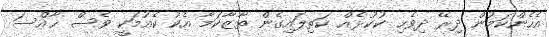
އެހެންކަމުން ދިރޭ ދިވެހި ކުކުޅެއް ކަތިލައިގެން ތާޒާކަމާ އެކު ކެއުމަކީ ވެސް ޚާއްސަ